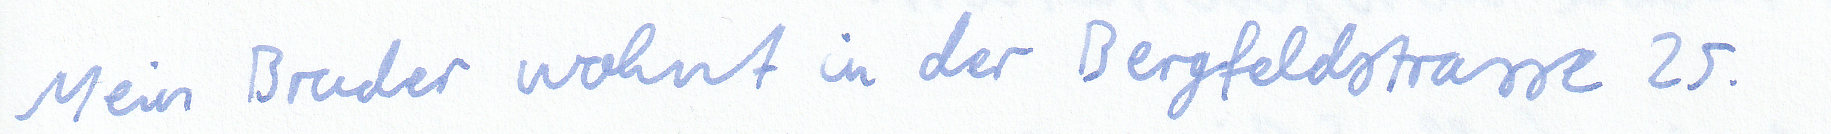
Mein Bruder wohnt in der Bergfeldstrasse 25.